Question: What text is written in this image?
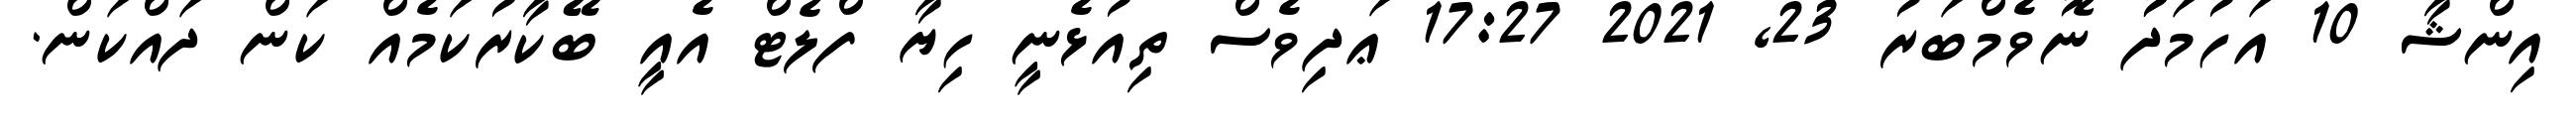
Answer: އިންޝާ 10 އަހުމަދުު ނޮވެމްބަރު 23, 2021 17:27 ޢަދިވެސް ތިއުޅެނީ ހިޔާ ފްލެޓް އެއީ ބޭކާރުކަމެއް ކަން ދައްކަން.